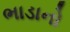
ભાડાનો